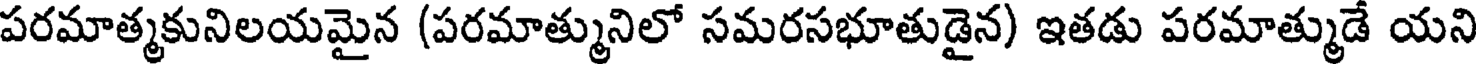
పరమాత్మకునిలయమైన (పరమాత్మునిలో సమరసభూతుడైన) ఇతడు పరమాత్ముడే యని